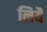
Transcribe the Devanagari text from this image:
लियै